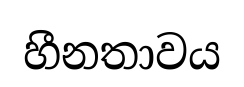
හීනතාවය